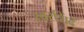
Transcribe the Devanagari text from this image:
खरशिंदे